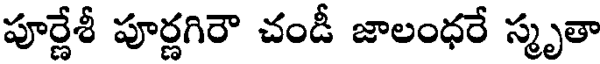
పూర్ణేశీ పూర్ణగిరౌ చండీ జాలంధరే స్మృతా